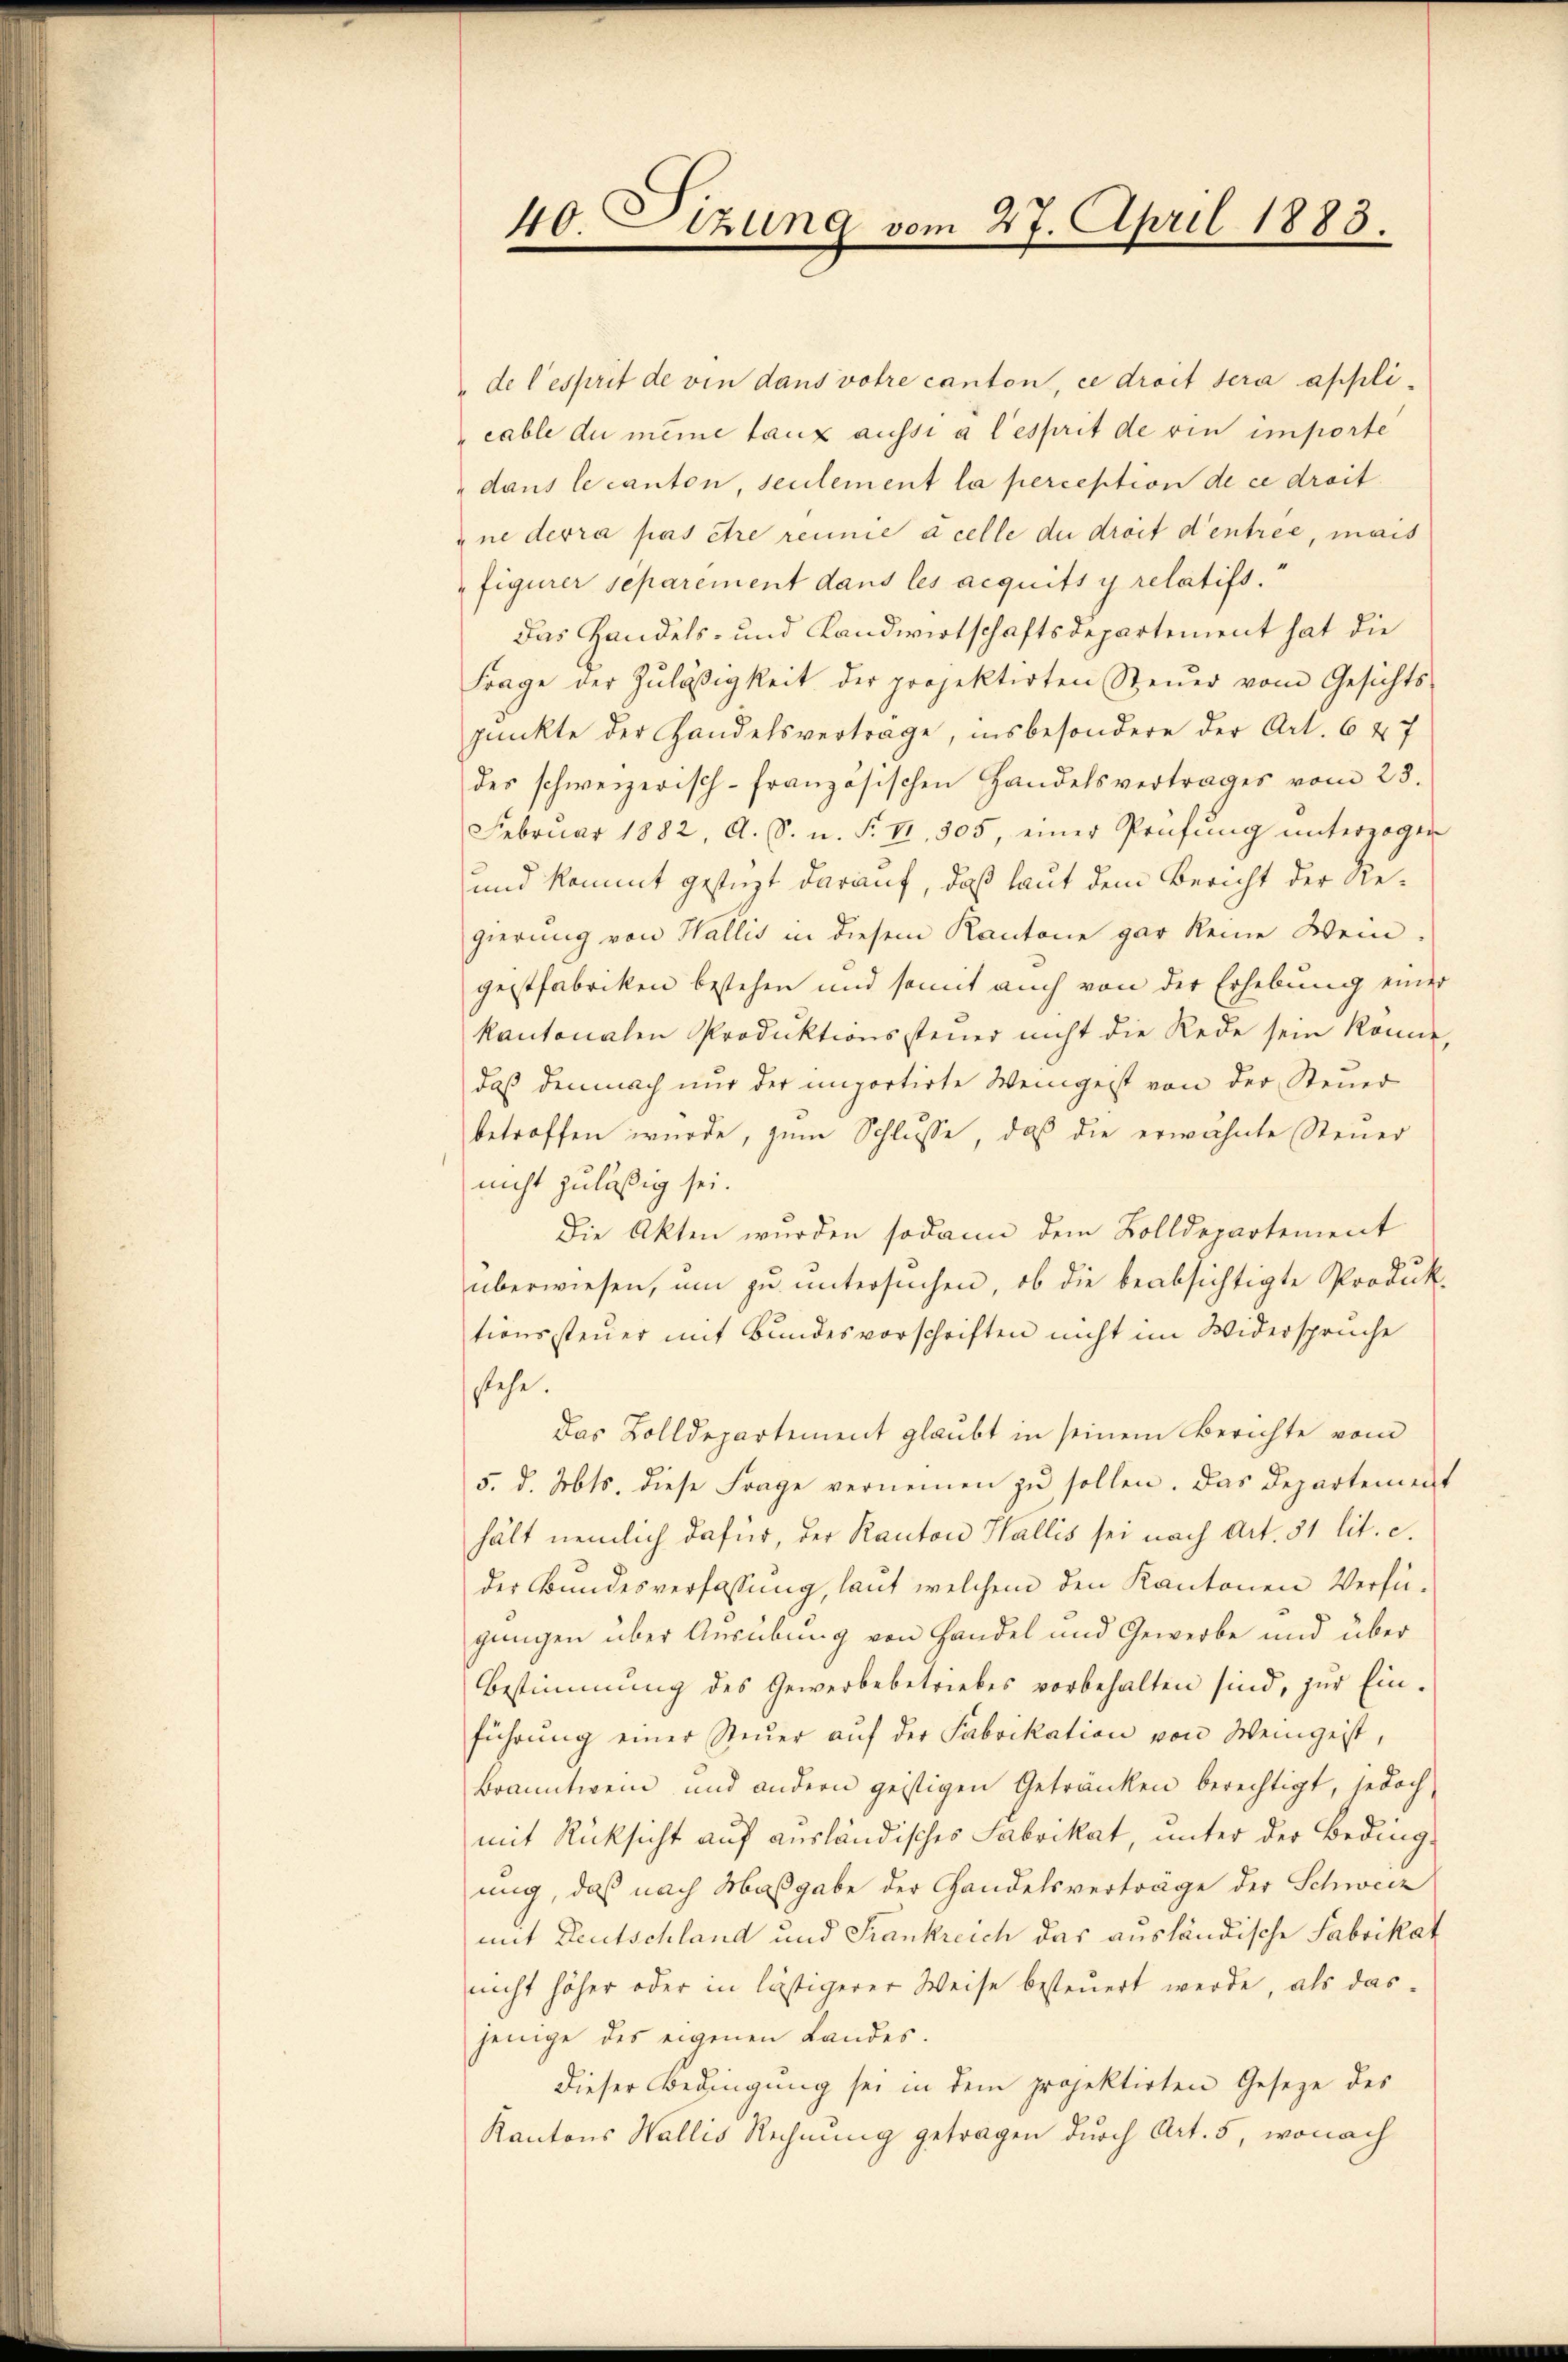
de l’esprit de vin dans votre canton, ce droit sera appli
cable du meine taux aussi à l’esprit de vin importe
dans le canton, seulement la perception de ce droit.
ane devra pas être reinie à celle du droit d’entree, mais
figurer separement dans les acquits y relatifs.
Das Handels- und Landwirtschaftsdepartement hat die
Frage der Zuläßigkeit der projektirten Steŭer vom Gesichts-
punkte der Handelsvertrage, insbesondere der Art. 647
des schweizerisch-französischen Handelsvertrages vom 23.
Febrŭar 1882, A. S. u. F. VI. 305, einer Prüfŭng ŭnterzogen
und kommt gestüzt darauf, daß laut dem Bericht der Regierung von Wallis in diesem Kantone gar keine Wein-
gestfabriken bestehen und somit auch von der Erhebung einer
kantonalen Produktionssteuer nicht die Rede sein könne,
daß demnach nur der importirte Weingeist von der Steuer
betroffen wurde, zum Schlusse, daß die erwähnte Steuer
nicht zuläßig sei.
Die Akten wurden sodann dem Zolldepartement
überwiesen, um zu untersuchen, ob die beabsichtigte Produktionssteuer mit Bundesvorschriften nicht im Widersprüche
stehe.
Das Zolldepartement glaubt in seinem Berichte vom
5. d. Mts. diese Frage vernennen zu sollen. Das Departement
hält nemlich dafür, der Kanton Wallis sei nach Art. 31 lit. c.
der Bundesverfassung, laut welchem den Kantonen Verfügungen über Ausübung von Handel und Gewerbe und über
Bestimmung des Gewerbebetriebes vorbehalten sind, zŭr Ein-
führŭng einer Steŭer aŭf der Fabrikation von Weingeist,
Branntwein und andern geistigen Getränken berechtigt, jedoch
mit Rücksicht auf ausländisches Fabrikat, unter der Beding-
ung, daß nach Maßgabe der Handelsverträge der Schweiz
mit Deutschland und Frankreich das ausländische Fabrikat
nicht höher oder in lästigerer Weise besteuert werde, als dasjenige des eigenen Landes.
dieser Bedingung sei in dem projektirten Gesetze des
Kantons Wallis Rechnung getragen durch Art. 5, wonach

40. Sizung vom 27. April 1883.